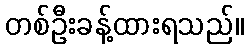
တစ်ဦးခန့်ထားရသည်။